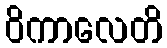
ဝိကာလေတိ